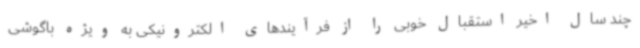
چند سال اخیر استقبال خوبی را از فرآیندهای الکترونیکی به ویژه باگوشی